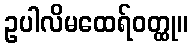
ဥပါလိမထေရ်ဝတ္ထု။